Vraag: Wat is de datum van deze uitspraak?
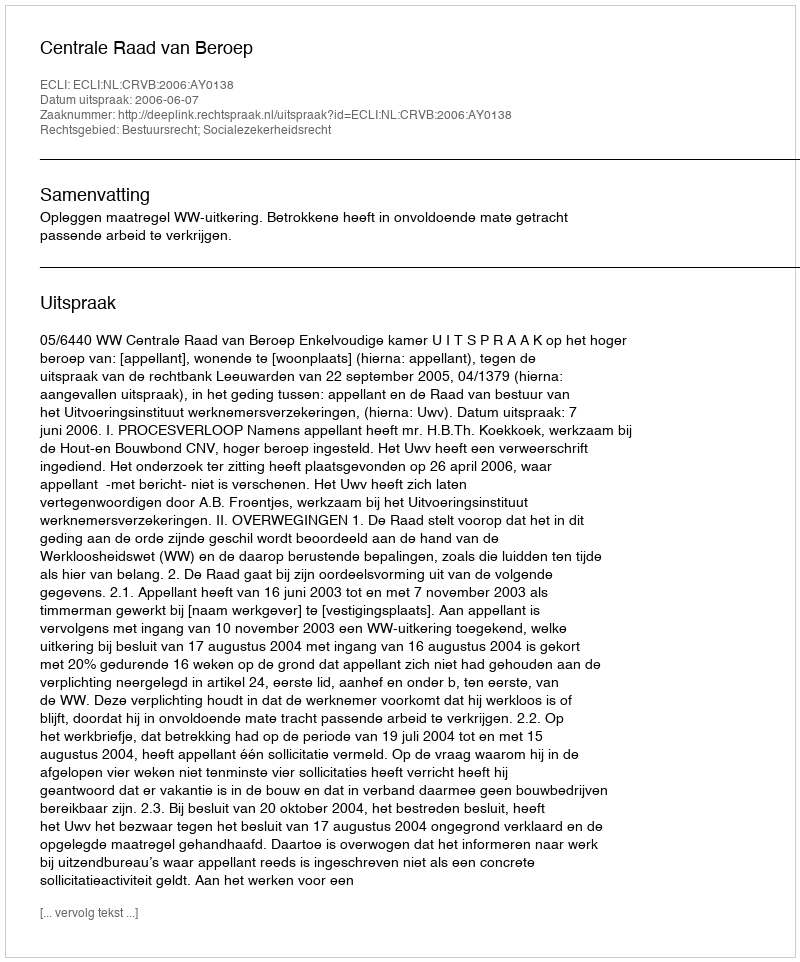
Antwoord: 2006-06-07